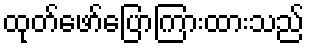
ထုတ်ဖော်ပြောကြားထားသည်